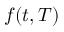
\textstyle f ( t , T )